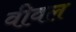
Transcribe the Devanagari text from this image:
वीवल